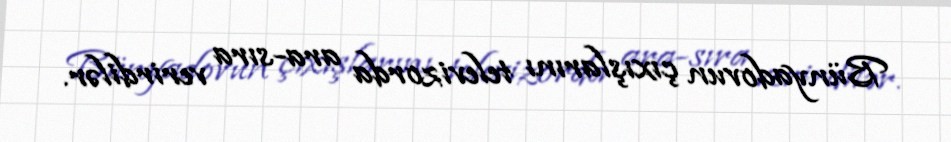
Bünyadovun çıxışlarını televizorda ara-sıra verirdilər.